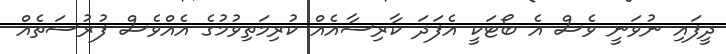
ދީފައި ނުވަނީ ވެސް އެ ބޯޓަކީ އެފަދަ ކާރިސާއެއް ކުރިމަތިވުމުގެ އެއްވެސް ފުރުސަތެއް